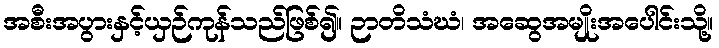
အစီးအပွားနှင့်ယှဉ်ကုန်သည်ဖြစ်၍။ ဉာတိသံဃံ၊ အဆွေအမျိုးအပေါင်းသို့။